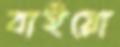
বাইয়ো